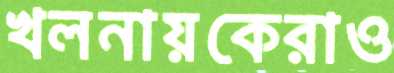
খলনায়কেরাও